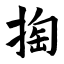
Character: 掏